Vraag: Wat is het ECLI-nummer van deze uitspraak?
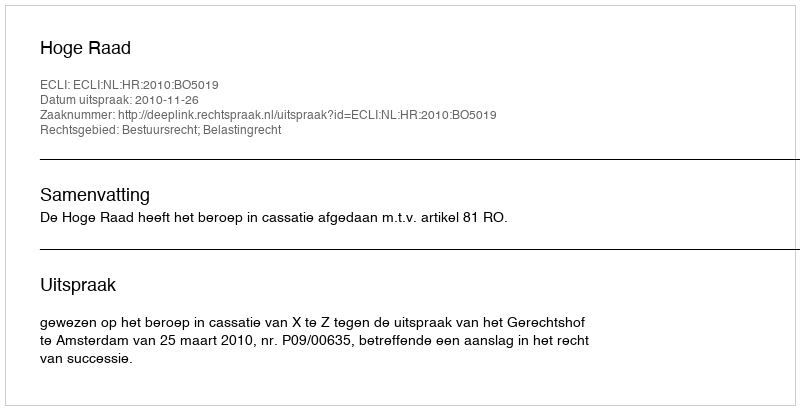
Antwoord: ECLI:NL:HR:2010:BO5019